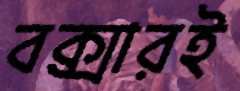
বক্সারই